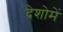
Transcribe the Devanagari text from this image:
देशोमें